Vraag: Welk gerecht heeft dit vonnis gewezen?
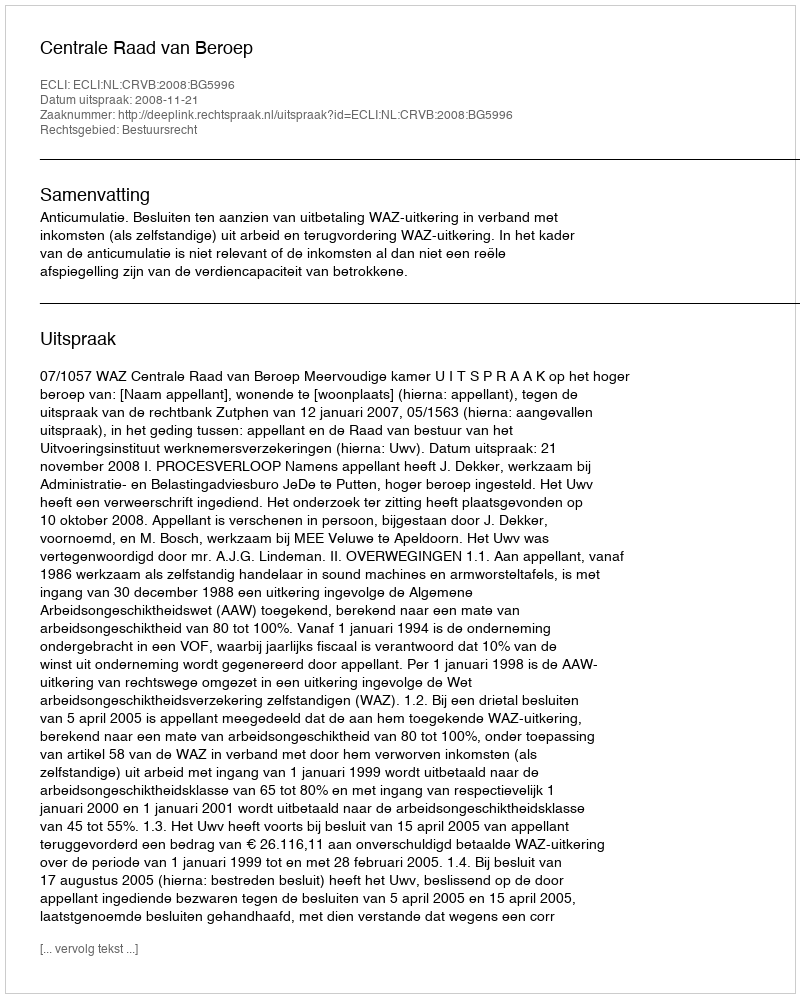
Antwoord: Centrale Raad van Beroep